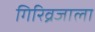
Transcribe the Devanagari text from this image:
गिरिव्रजाला